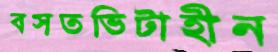
বসতভিটাহীন